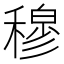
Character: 穆